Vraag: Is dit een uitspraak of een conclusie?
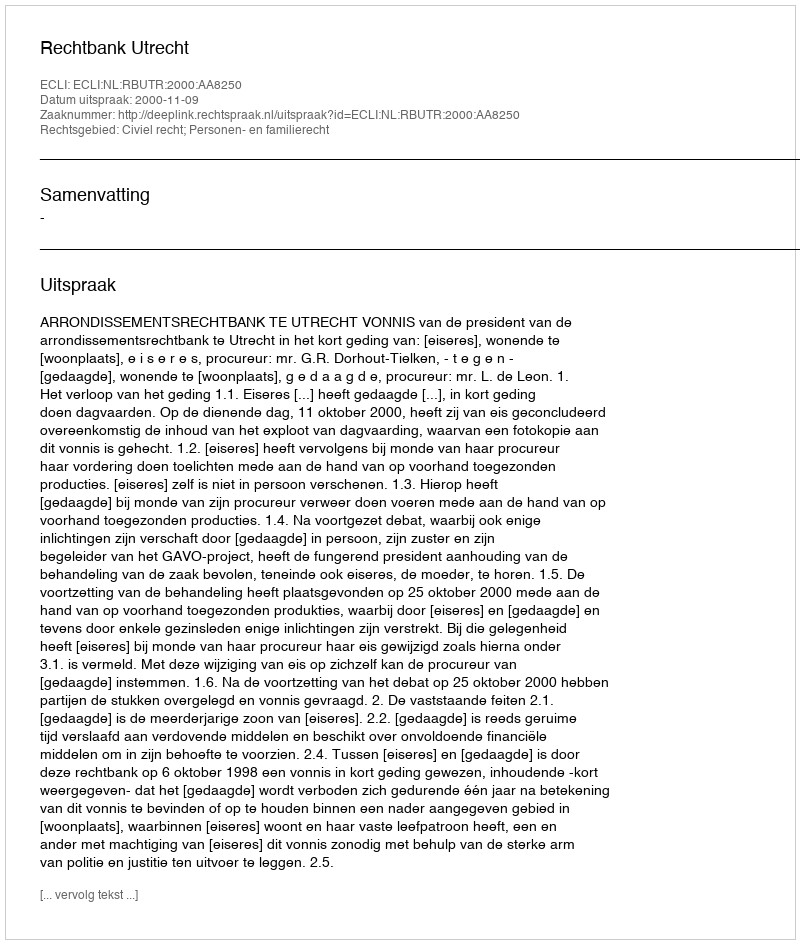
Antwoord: Uitspraak